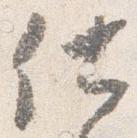
仕